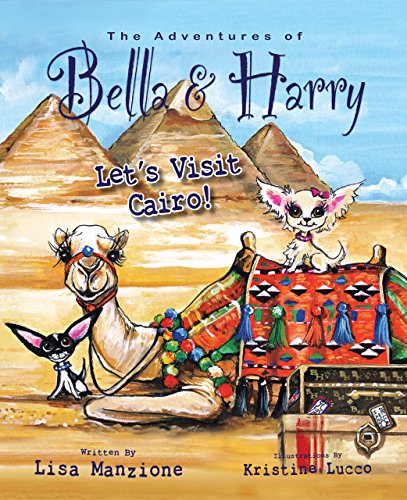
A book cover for Let's Visit Cairo!: Adventures of Bella & Harry; Lisa Manzione; Travel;